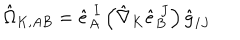
LaTeX: \hat { \Omega } _ { K , A B } = \hat { e } _ { A } ^ { \ I } \left( \hat { \nabla } _ { K } \hat { e } _ { B } ^ { \ J } \right) \hat { g } _ { I J }